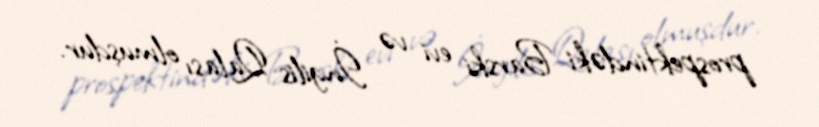
prospektindəki Barski evi və İngilis Qalası olmuşdur.